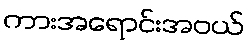
ကားအရောင်းအဝယ်